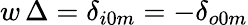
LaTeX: w\, \Delta=\delta_{i0m}=-\delta_{o0m}